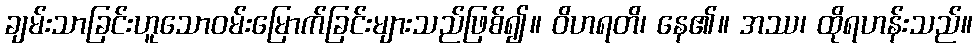
ချမ်းသာခြင်းဟူသောဝမ်းမြောက်ခြင်းများသည်ဖြစ်၍။ ဝိဟရတိ၊ နေ၏။ အဿ၊ ထိုရဟန်းသည်။